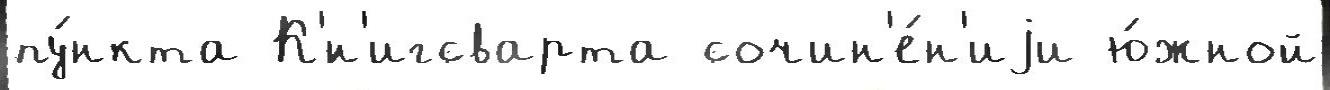
пу́нкта К'́н'игсварта сочин'е́н'иjи ю́жной